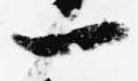
一